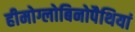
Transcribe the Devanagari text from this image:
हीमोग्लोबिनोपैथियां